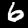
Label: 6